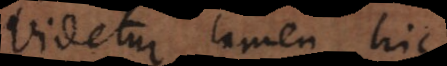
Videtur tamen hic